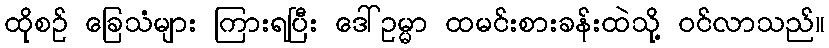
ထိုစဉ် ခြေသံများ ကြားရပြီး ဒေါ်ဥမ္မာ ထမင်းစားခန်းထဲသို့ ဝင်လာသည်။